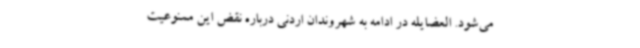
می‌شود. العضایله در ادامه به شهروندان اردنی درباره نقض این ممنوعیت